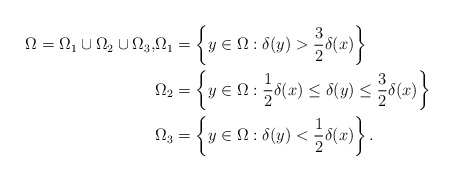
\begin{align*}\Omega=\Omega_1\cup\Omega_2\cup\Omega_3, & \Omega_1=\left\{y\in\Omega:\delta(y)>\frac32\delta(x)\right\} \\ & \Omega_2=\left\{y\in\Omega:\frac12\delta(x)\leq\delta(y)\leq\frac32\delta(x)\right\} \\ & \Omega_3=\left\{y\in\Omega:\delta(y)<\frac12\delta(x)\right\}.\end{align*}